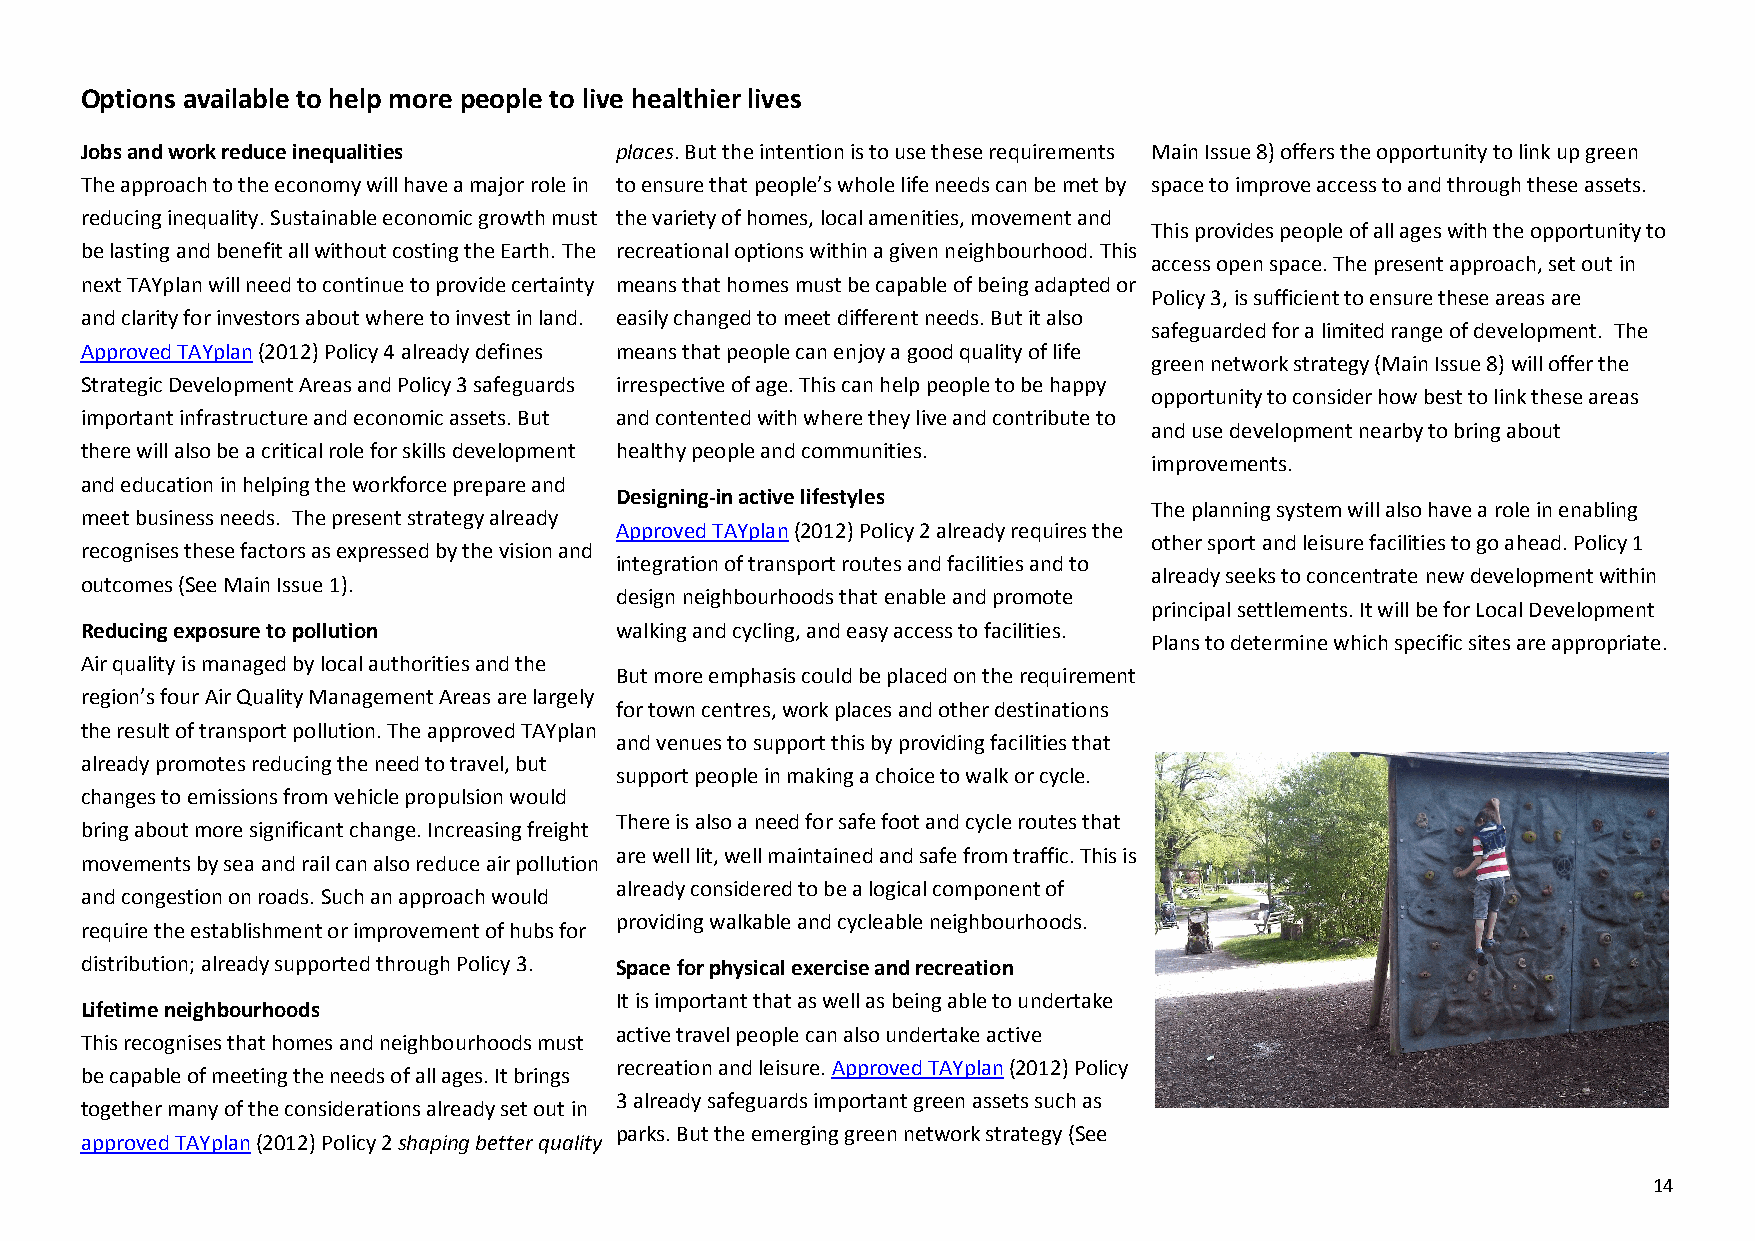
Options available to help more people to live healthier lives
 Jobs and work reduce inequalities   places. But the intention is to use these requirements Main Issue 8) offers the opportunity to link up green
 The approach to the economy will have a major role in to ensure that people’s whole life needs can be met by space to improve access to and through these assets.
 reducing inequality. Sustainable economic growth must the variety of homes, local amenities, movement and
 This provides people of all ages with the opportunity to
 be lasting and benefit all without costing the Earth. The recreational options within a given neighbourhood. This
 access open space. The present approach, set out in
 next TAYplan will need to continue to provide certainty means that homes must be capable of being adapted or
 Policy 3, is sufficient to ensure these areas are
 and clarity for investors about where to invest in land. easily changed to meet different needs. But it also
 safeguarded for a limited range of development. The
 Approved TAYplan (2012) Policy 4 already defines means that people can enjoy a good quality of life
 green network strategy (Main Issue 8) will offer the
 Strategic Development Areas and Policy 3 safeguards irrespective of age. This can help people to be happy
 opportunity to consider how best to link these areas
 important infrastructure and economic assets. But and contented with where they live and contribute to
 and use development nearby to bring about
 there will also be a critical role for skills development healthy people and communities.
 improvements.
 and education in helping the workforce prepare and
 Designing-in active lifestyles
 The planning system will also have a role in enabling
 meet business needs. The present strategy already
 Approved TAYplan (2012) Policy 2 already requires the
 other sport and leisure facilities to go ahead. Policy 1
 recognises these factors as expressed by the vision and
 integration of transport routes and facilities and to
 already seeks to concentrate new development within
 outcomes (See Main Issue 1).
 design neighbourhoods that enable and promote
 principal settlements. It will be for Local Development
 Reducing exposure to pollution      walking and cycling, and easy access to facilities.
 Plans to determine which specific sites are appropriate.
 Air quality is managed by local authorities and the
 But more emphasis could be placed on the requirement
 region’s four Air Quality Management Areas are largely
 for town centres, work places and other destinations
 the result of transport pollution. The approved TAYplan
 and venues to support this by providing facilities that
 already promotes reducing the need to travel, but
 support people in making a choice to walk or cycle.
 changes to emissions from vehicle propulsion would
 There is also a need for safe foot and cycle routes that
 bring about more significant change. Increasing freight
 are well lit, well maintained and safe from traffic. This is
 movements by sea and rail can also reduce air pollution
 already considered to be a logical component of
 and congestion on roads. Such an approach would
 providing walkable and cycleable neighbourhoods.
 require the establishment or improvement of hubs for
 distribution; already supported through Policy 3. Space for physical exercise and recreation
 It is important that as well as being able to undertake
 Lifetime neighbourhoods
 active travel people can also undertake active
 This recognises that homes and neighbourhoods must
 recreation and leisure. Approved TAYplan (2012) Policy
 be capable of meeting the needs of all ages. It brings
 3 already safeguards important green assets such as
 together many of the considerations already set out in
 parks. But the emerging green network strategy (See
 approved TAYplan (2012) Policy 2 shaping better quality
 14